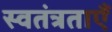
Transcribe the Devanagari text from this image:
स्वतंत्रताएँ